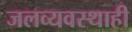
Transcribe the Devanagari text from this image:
जलव्यवस्थाही